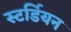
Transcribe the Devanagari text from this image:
स्टर्डियन